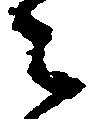
々